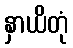
နှာယိတုံ